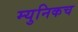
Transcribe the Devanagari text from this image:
म्युनिकच